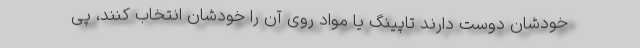
خودشان دوست دارند تاپینگ یا مواد روی آن را خودشان انتخاب کنند، پی